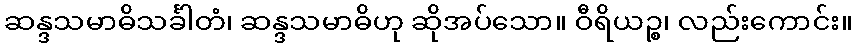
ဆန္ဒသမာဓိသင်္ခါတံ၊ ဆန္ဒသမာဓိဟု ဆိုအပ်သော။ ဝီရိယဉ္စ၊ လည်းကောင်း။